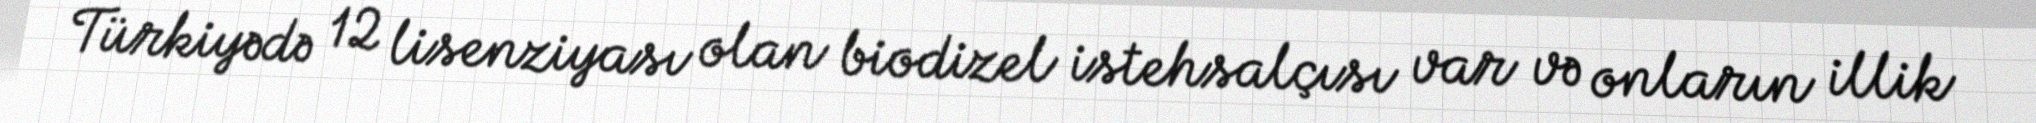
Türkiyədə 12 lisenziyası olan biodizel istehsalçısı var və onların illik